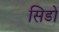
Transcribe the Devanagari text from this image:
सिडो